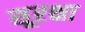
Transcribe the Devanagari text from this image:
सूरक्षा